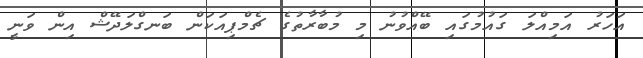
އަހަރު އަމިއްލަ ގައުމުގައި ބޭއްވުނު މި މުބާރާތުގެ ޗެމްޕިއަކަން ބަނގްލަދޭޝް އިން ވަނީ